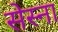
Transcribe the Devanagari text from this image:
सेस्ना